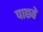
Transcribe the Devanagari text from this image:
पाछवे